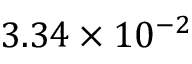
3 . 3 4 \times 1 0 ^ { - 2 }